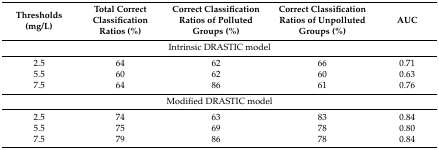
<table><thead><tr><td><b>Thresholds (mg/L)</b></td><td><b>Total Correct Classification Ratios (%)</b></td><td><b>Correct Classification Ratios of Polluted Groups (%)</b></td><td><b>Correct Classification Ratios of Unpolluted Groups (%)</b></td><td><b>AUC</b></td></tr></thead><tbody><tr><td colspan="5">Intrinsic DRASTIC model</td></tr><tr><td>2.5</td><td>64</td><td>62</td><td>66</td><td>0.71</td></tr><tr><td>5.5</td><td>60</td><td>62</td><td>60</td><td>0.63</td></tr><tr><td>7.5</td><td>64</td><td>86</td><td>61</td><td>0.76</td></tr><tr><td colspan="5">Modified DRASTIC model</td></tr><tr><td>2.5</td><td>74</td><td>63</td><td>83</td><td>0.84</td></tr><tr><td>5.5</td><td>75</td><td>69</td><td>78</td><td>0.80</td></tr><tr><td>7.5</td><td>79</td><td>86</td><td>78</td><td>0.84</td></tr></tbody></table>